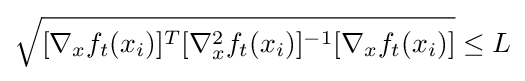
{\sqrt {[\nabla _{x}f_{t}(x_{i})]^{T}[\nabla _{x}^{2}f_{t}(x_{i})]^{-1}[\nabla _{x}f_{t}(x_{i})]}}\leq L